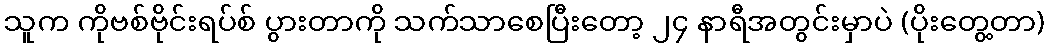
သူက ကိုဗစ်ဗိုင်းရပ်စ် ပွားတာကို သက်သာစေပြီးတော့ ၂၄ နာရီအတွင်းမှာပဲ (ပိုးတွေ့တာ)